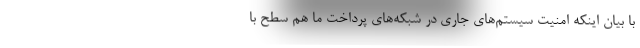
با بیان اینکه امنیت سیستم‌های جاری در شبکه‌های پرداخت ما هم سطح با